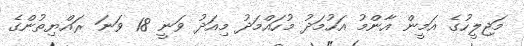
މަޖިލީހުގެ އަމީން އާންމު އަހުމަދު މުހައްމަދު މިއަދު ވަނީ 18 ވަނަ ރައްޔިތުންގެ